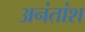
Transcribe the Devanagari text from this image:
अनंतांश